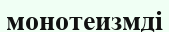
монотеизмді